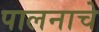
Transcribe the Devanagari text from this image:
पालनाचे